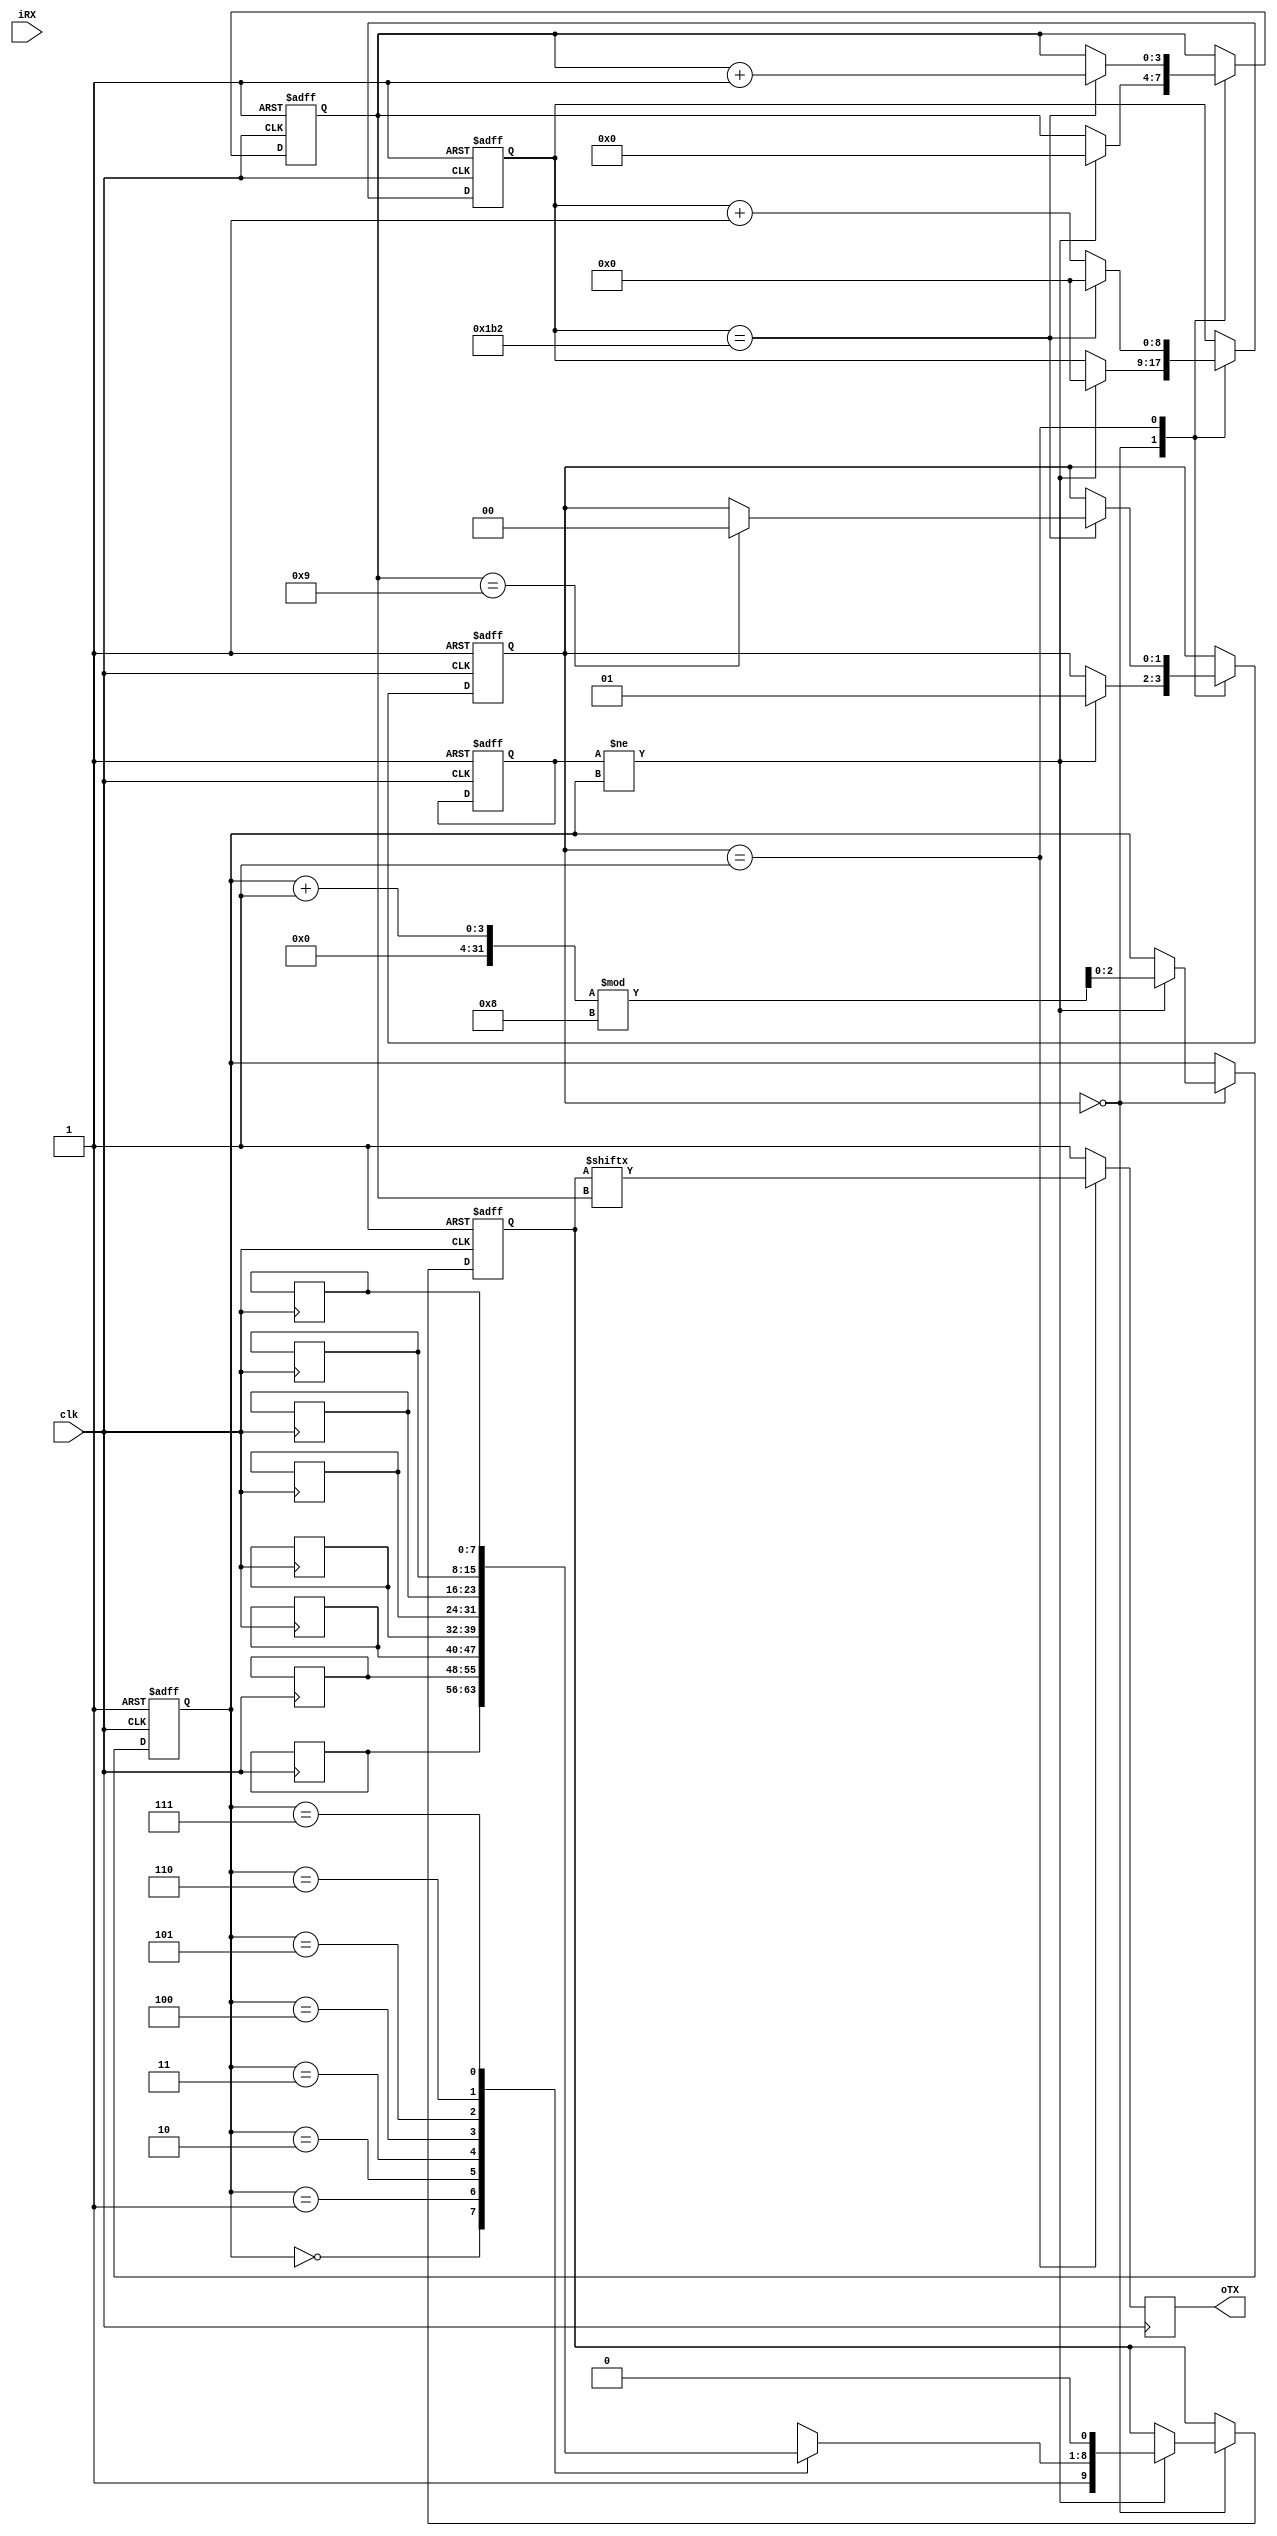
// Generated by MyHDL 0.11


`timescale 1ns/10ps

module main (
    clk,
    iRX,
    oTX
);


input clk;
input iRX;
output oTX;
reg oTX;

wire [7:0] iData;
reg [7:0] oprog_Data_RS232;
wire programmer_enable;
wire [31:0] dout;
reg oprog_WriteEnable_RS232;
wire iRst;
reg [7:0] oData;
reg [2:0] rx_addr;
reg [2:0] read_addr;
reg we;
wire [31:0] addr_out;
wire WriteEnable;
wire oWrBuffer_full;
wire [7:0] oInfobyte;
reg RS232_Module0_sig_WrBuffer_full;
reg [8:0] RS232_Module0_tx_counter;
reg [3:0] RS232_Module0_tx_bit_count;
reg [8:0] RS232_Module0_rx_currentData;
reg [1:0] RS232_Module0_rx_State;
reg [2:0] RS232_Module0_write_addr;
reg [2:0] RS232_Module0_rx_addr;
reg [8:0] RS232_Module0_rx_counter;
reg [1:0] RS232_Module0_tx_State;
reg [9:0] RS232_Module0_SendREG;
reg [2:0] RS232_Module0_tx_addr;
reg [3:0] RS232_Module0_rx_bit_count;
reg RS232Programmer0_isData;
reg [7:0] RS232Programmer0_Info_byte;
reg [8:0] RS232Programmer0_countbytesRX;
reg [31:0] RS232Programmer0_received_data;
reg [2:0] RS232Programmer0_state;
reg [31:0] RS232Programmer0_received_addr;
reg [1:0] RS232Programmer0_subcount;
reg [7:0] RS232_Module0_Receive_RAM [0:8-1];
reg [7:0] RS232_Module0_Transmit_RAM [0:8-1];

assign iData = 8'd0;
assign programmer_enable = 1'd1;
assign iRst = 1'd1;
assign WriteEnable = 1'd0;


always @(posedge clk, negedge iRst) begin: MAIN_RS232_MODULE0_SEQ_LOGIC
    if ((iRst == 0)) begin
        RS232_Module0_rx_State <= 0;
        RS232_Module0_rx_counter <= 0;
        RS232_Module0_rx_currentData <= 0;
        RS232_Module0_rx_bit_count <= 0;
        RS232_Module0_rx_addr <= 0;
        rx_addr <= 0;
        RS232_Module0_tx_State <= 0;
        RS232_Module0_tx_addr <= 0;
        RS232_Module0_write_addr <= 0;
        RS232_Module0_SendREG <= 0;
        RS232_Module0_tx_counter <= 0;
        RS232_Module0_tx_bit_count <= 0;
    end
    else begin
        rx_addr <= RS232_Module0_rx_addr;
        oData <= RS232_Module0_Receive_RAM[read_addr];
        oTX <= 1;
        case (RS232_Module0_rx_State)
            'h0: begin
                if ((iRX == 0)) begin
                    RS232_Module0_rx_counter <= (RS232_Module0_rx_counter + 1);
                end
                else begin
                    RS232_Module0_rx_counter <= 0;
                end
                if ((RS232_Module0_rx_counter == 217)) begin
                    RS232_Module0_rx_State <= 1;
                    RS232_Module0_rx_counter <= 0;
                    RS232_Module0_rx_bit_count <= 0;
                end
            end
            'h1: begin
                RS232_Module0_rx_counter <= (RS232_Module0_rx_counter + 1);
                if ((RS232_Module0_rx_counter == 0)) begin
                    RS232_Module0_rx_currentData <= {iRX, RS232_Module0_rx_currentData[9-1:1]};
                    RS232_Module0_rx_bit_count <= (RS232_Module0_rx_bit_count + 1);
                end
                if ((RS232_Module0_rx_counter == 434)) begin
                    RS232_Module0_rx_counter <= 0;
                end
                if ((RS232_Module0_rx_bit_count == 9)) begin
                    RS232_Module0_rx_State <= 2;
                    RS232_Module0_rx_counter <= 0;
                end
            end
            'h2: begin
                RS232_Module0_rx_counter <= (RS232_Module0_rx_counter + 1);
                if ((RS232_Module0_rx_counter == 434)) begin
                    RS232_Module0_rx_State <= 0;
                    RS232_Module0_rx_counter <= 0;
                    if ((iRX == 1)) begin
                        RS232_Module0_Receive_RAM[RS232_Module0_rx_addr] <= RS232_Module0_rx_currentData[9-1:1];
                        RS232_Module0_rx_addr <= ((RS232_Module0_rx_addr + 1) % 8);
                    end
                end
            end
        endcase
        if ((WriteEnable && (!RS232_Module0_sig_WrBuffer_full))) begin
            RS232_Module0_Transmit_RAM[RS232_Module0_write_addr] <= iData;
            RS232_Module0_write_addr <= ((RS232_Module0_write_addr + 1) % 8);
        end
        case (RS232_Module0_tx_State)
            'h0: begin
                if ((RS232_Module0_write_addr != RS232_Module0_tx_addr)) begin
                    RS232_Module0_tx_counter <= 0;
                    RS232_Module0_tx_State <= 1;
                    RS232_Module0_tx_bit_count <= 0;
                    RS232_Module0_SendREG <= {1'h1, RS232_Module0_Transmit_RAM[RS232_Module0_tx_addr], 1'h0};
                    RS232_Module0_tx_addr <= ((RS232_Module0_tx_addr + 1) % 8);
                end
            end
            'h1: begin
                oTX <= RS232_Module0_SendREG[RS232_Module0_tx_bit_count];
                RS232_Module0_tx_counter <= (RS232_Module0_tx_counter + 1);
                if ((RS232_Module0_tx_counter == 434)) begin
                    RS232_Module0_tx_bit_count <= (RS232_Module0_tx_bit_count + 1);
                    RS232_Module0_tx_counter <= 0;
                    if ((RS232_Module0_tx_bit_count == 9)) begin
                        RS232_Module0_tx_State <= 0;
                    end
                end
            end
        endcase
    end
end


always @(RS232_Module0_write_addr, RS232_Module0_tx_addr) begin: MAIN_RS232_MODULE0_COMB_LOGIC
    if ((((RS232_Module0_write_addr + 1) % 8) == RS232_Module0_tx_addr)) begin
        RS232_Module0_sig_WrBuffer_full = 1'b1;
    end
    else begin
        RS232_Module0_sig_WrBuffer_full = 1'b0;
    end
end



assign oWrBuffer_full = RS232_Module0_sig_WrBuffer_full;


always @(posedge clk, negedge iRst) begin: MAIN_RS232PROGRAMMER0_IO_WRITE_SYNC
    if ((iRst == 0)) begin
        RS232Programmer0_state <= 3'b000;
        read_addr <= 0;
        RS232Programmer0_Info_byte <= 9;
        RS232Programmer0_subcount <= 0;
        RS232Programmer0_isData <= 1'b0;
        RS232Programmer0_countbytesRX <= 0;
        oprog_WriteEnable_RS232 <= 1'b0;
        oprog_Data_RS232 <= 0;
        we <= 1'b0;
    end
    else begin
        oprog_WriteEnable_RS232 <= 1'b0;
        if (we) begin
            RS232Programmer0_received_data <= 0;
            RS232Programmer0_received_addr <= 0;
            RS232Programmer0_countbytesRX <= (RS232Programmer0_countbytesRX + 1);
            oprog_Data_RS232 <= RS232Programmer0_countbytesRX;
            oprog_WriteEnable_RS232 <= 1'b1;
        end
        we <= 1'b0;
        case (RS232Programmer0_state)
            3'b000: begin
                RS232Programmer0_isData <= 1'b0;
                if ((rx_addr != read_addr)) begin
                    read_addr <= ((read_addr + 1) % 8);
                    RS232Programmer0_state <= 3'b001;
                end
            end
            3'b001: begin
                if (((oData[6-1:3] == 0) || (oData[3-1:0] == 0))) begin
                    RS232Programmer0_Info_byte <= 9;
                end
                else begin
                    RS232Programmer0_Info_byte <= oData;
                    RS232Programmer0_state <= 3'b010;
                end
            end
            3'b010: begin
                if ((rx_addr != read_addr)) begin
                    RS232Programmer0_state <= 3'b100;
                end
                if ((RS232Programmer0_countbytesRX == 256)) begin
                    RS232Programmer0_state <= 3'b000;
                    RS232Programmer0_countbytesRX <= 0;
                    $write("alll 256 Datas received");
                    $write("\n");
                end
            end
            3'b011: begin
                RS232Programmer0_state <= 3'b100;
            end
            3'b100: begin
                RS232Programmer0_subcount <= ((RS232Programmer0_subcount + 1) % 4);
                if (RS232Programmer0_isData) begin
                    RS232Programmer0_received_data <= ((RS232Programmer0_received_data << 8) | oData);
                    if (((RS232Programmer0_subcount + 1) >= RS232Programmer0_Info_byte[6-1:3])) begin
                        RS232Programmer0_isData <= 1'b0;
                        RS232Programmer0_subcount <= 0;
                        we <= 1'b1;
                    end
                end
                else begin
                    RS232Programmer0_received_addr <= ((RS232Programmer0_received_addr << 8) | oData);
                    if (((RS232Programmer0_subcount + 1) >= RS232Programmer0_Info_byte[3-1:0])) begin
                        RS232Programmer0_isData <= 1'b1;
                        RS232Programmer0_subcount <= 0;
                    end
                end
                read_addr <= ((read_addr + 1) % 8);
                RS232Programmer0_state <= 3'b010;
            end
        endcase
        if ((!programmer_enable)) begin
            RS232Programmer0_state <= 3'b000;
            read_addr <= rx_addr;
        end
    end
end



assign dout = RS232Programmer0_received_data;
assign addr_out = RS232Programmer0_received_addr;
assign oInfobyte = RS232Programmer0_Info_byte;

endmodule